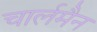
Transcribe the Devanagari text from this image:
चार्लमैन